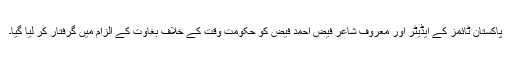
پاکستان ٹائمز کے ایڈیٹر اور معروف شاعر فیض احمد فیض کو حکومت وقت کے خلاف بغاوت کے الزام میں گرفتار کر لیا گیا۔